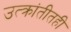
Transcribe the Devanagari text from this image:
उत्क्रांतीतही